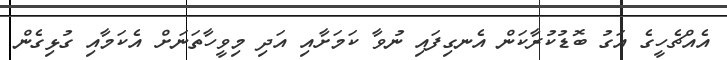
އެއްޗެހީގެ އަގު ބޮޑުކުރާކަން އެނގިފައި ނުވާ ކަމަށާއި އަދި މިވީހާތަނަށް އެކަމާއި ގުޅިގެން